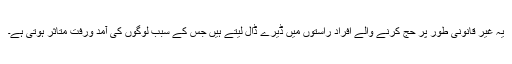
یہ غیر قانونی طور پر حج کرنے والے افراد راستوں میں ڈیرے ڈال لیتے ہیں جس کے سبب لوگوں کی آمد ورفت متاثر ہوتی ہے۔